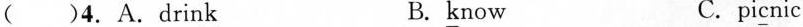
( )4.A.Drin \underline{k} B. \underline{k}now C. pi \underline{c}nic